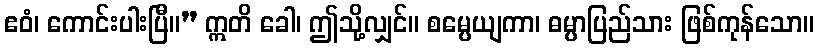
ဧဝံ၊ ကောင်းပါးပြီ။” ဣတိ ခေါ၊ ဤသို့လျှင်။ စမ္ပေယျကာ၊ ဓမ္ပာပြည်သား ဖြစ်ကုန်သော။